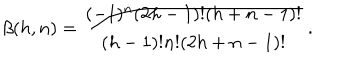
\beta ( h , n ) = { \frac { ( - 1 ) ^ { n } ( 2 h - 1 ) ! ( h + n - 1 ) ! } { ( h - 1 ) ! n ! ( 2 h + n - 1 ) ! } } \, .